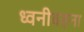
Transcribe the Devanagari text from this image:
ध्वनीवहना